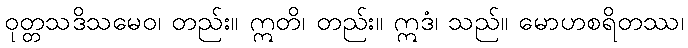
ဝုတ္တသဒိသမေဝ၊ တည်း။ ဣတိ၊ တည်း။ ဣဒံ၊ သည်။ မောဟစရိတဿ၊